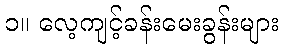
၁။ လေ့ကျင့်ခန်းမေးခွန်းများ